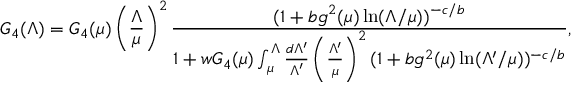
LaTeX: G _ { 4 } ( \Lambda ) = G _ { 4 } ( \mu ) \left( \frac { \Lambda } { \mu } \right) ^ { 2 } \frac { ( 1 + b g ^ { 2 } ( \mu ) \ln ( \Lambda / \mu ) ) ^ { - c / b } } { 1 + w G _ { 4 } ( \mu ) \int _ { \mu } ^ { \Lambda } \frac { d \Lambda ^ { \prime } } { \Lambda ^ { \prime } } \left( \frac { \Lambda ^ { \prime } } { \mu } \right) ^ { 2 } ( 1 + b g ^ { 2 } ( \mu ) \ln ( \Lambda ^ { \prime } / \mu ) ) ^ { - c / b } } ,